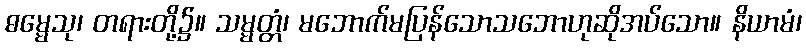
ဓမ္မေသု၊ တရားတို့၌။ သမ္မတ္တံ၊ မဘောက်မပြန်သောသဘောဟုဆိုအပ်သော။ နိယာမံ၊